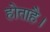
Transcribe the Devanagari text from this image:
होताहै।